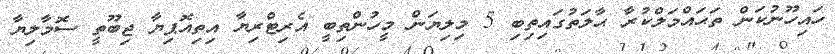
ހައިހޫނުކަން ތަޙައްމަލްކުރާ ޙާލަތުގައިތިބި 5 މިލިޔަން މީހުންތިބީ އެރިޓްރިޔާ އިތިއޮޕިޔާ ޖިބޫތީ ސޮމާލިޔާ